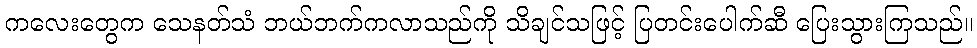
ကလေးတွေက သေနတ်သံ ဘယ်ဘက်ကလာသည်ကို သိချင်သဖြင့် ပြတင်းပေါက်ဆီ ပြေးသွားကြသည်။